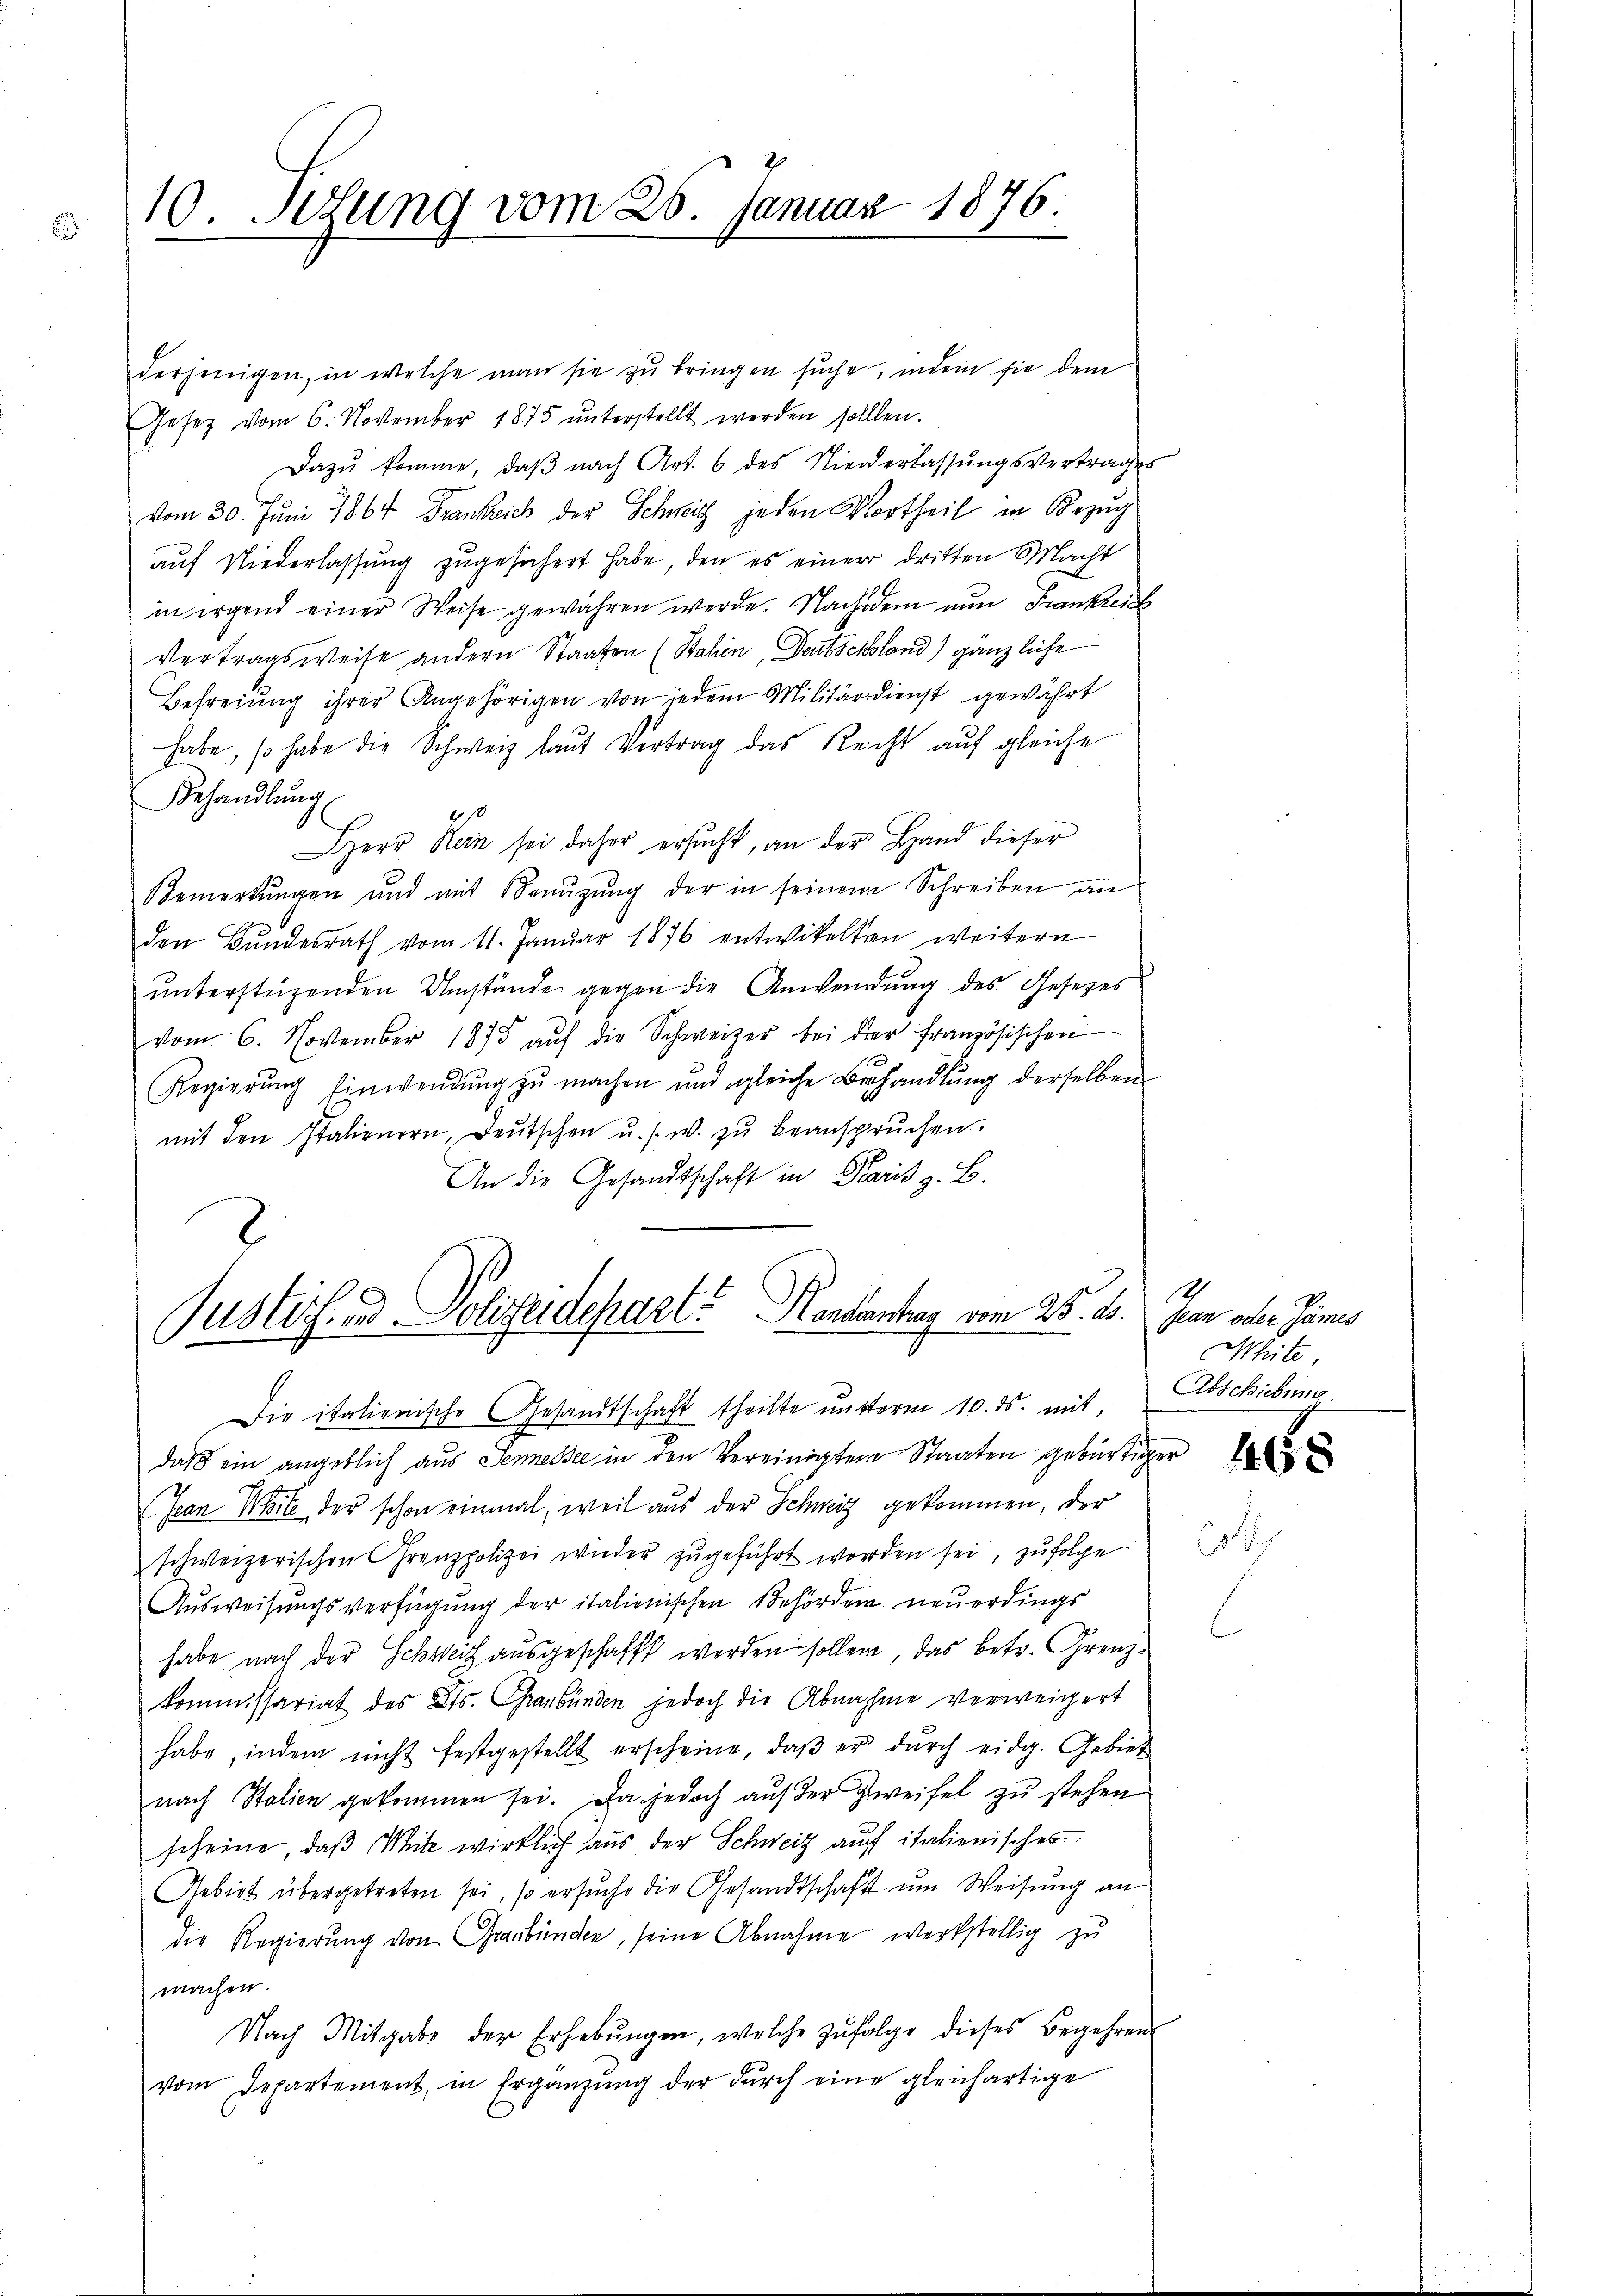
10. Setzung vom 25. Januar 1876.
E

derjenigen, in welche man sie zu bringen suche, indem sie dem
Gesetz vom 6. November 1875 ŭnterstellt werden sollten.
Dazu komme, daβ nach Art. 6 des Niederlassŭngsvertrages
vom 30. Juni 1864 Frankreich der Schwitz jeden Vortheil in Bezug
auf Niederlassung zugesichert habe, den es einer dritten Macht
in irgend einer Weise gewähren werde. Nachdem nun Frankreich
Vertragsweise andern Staaten (Bahin, Deutschland) gänzliche
Befreiung ihrer Angehörigen von jedem Militärdienst gewährt
habe, so habe die Schweiz laut Vertrag das Recht auf gleiche
Behandlŭng
2
Herr Rein sei daher ersucht, an der Hand dieser
Bemerkungen und mit Benuzung der in seinem Schreiben an
den Bundesrath vom 11. Januar 1876 entwickelten weitern
ŭnterstüzenden Umstände gegen die Anwendung des Gesetzes
vom 6. November 1875 aŭf die Schweizer bei der französischen
Regierung Einwendung zu machen und gleiche Behandlung derselben
mit den Italienern, Deutschen u. s. w. zŭ beanspruchen.
An die Gesandtschaft in Paris z. B.

2
Justiz- und Polizeidepart? Komentrag vom 25. d.

Die italienische Gesandtschaft theilte unterm 10. ds. mit, Abschiebung.

daβ ein angeblich aus Semesse in den Vereinigten Staaten gebürtiger
Jean Wie der schon einmal, weil aus der Schweiz gekommen, der
schweizerischen Grenzpolizei wieder zugeführt worden sei, zufolge
Aŭsweisŭngsverfügŭng der italienischen Behörden neŭerdings
habe nach der Schweiz ausgeschafft werden sollen, das betr. Grenzkommissariat des Kts. Graubünden jedoch die Abnahme verweigert
habe, indem nicht festgestellt erscheine, daβ er dŭrch eidg. Gebiet
nach Stalien gekommen sei. Da jedoch auf der Zweifel zu stehen
scheine, daβ Mite wirklich aus der Schweiz auch italienisches
Gebiet übergetreten sei, so ersuche die Gesandtschaft um Weisung an
die Regierŭng von Graubünden, seine Abnahme werkstellig zu
machen.
Nach Mitgabe der Erhebŭngen, welche zŭfolge dieses Begehren
vom Departement, in Ergänzung der durch eine gleichartige

A
Plan oder James
White,

.